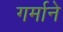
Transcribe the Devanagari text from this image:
गर्माने